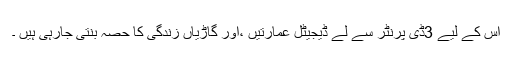
اس کے لیے 3ڈی پرنٹر سے لے ڈیجیٹل عمارتیں ،اور گاڑیاں زندگی کا حصہ بنتی جارہی ہیں ۔